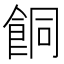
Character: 餇